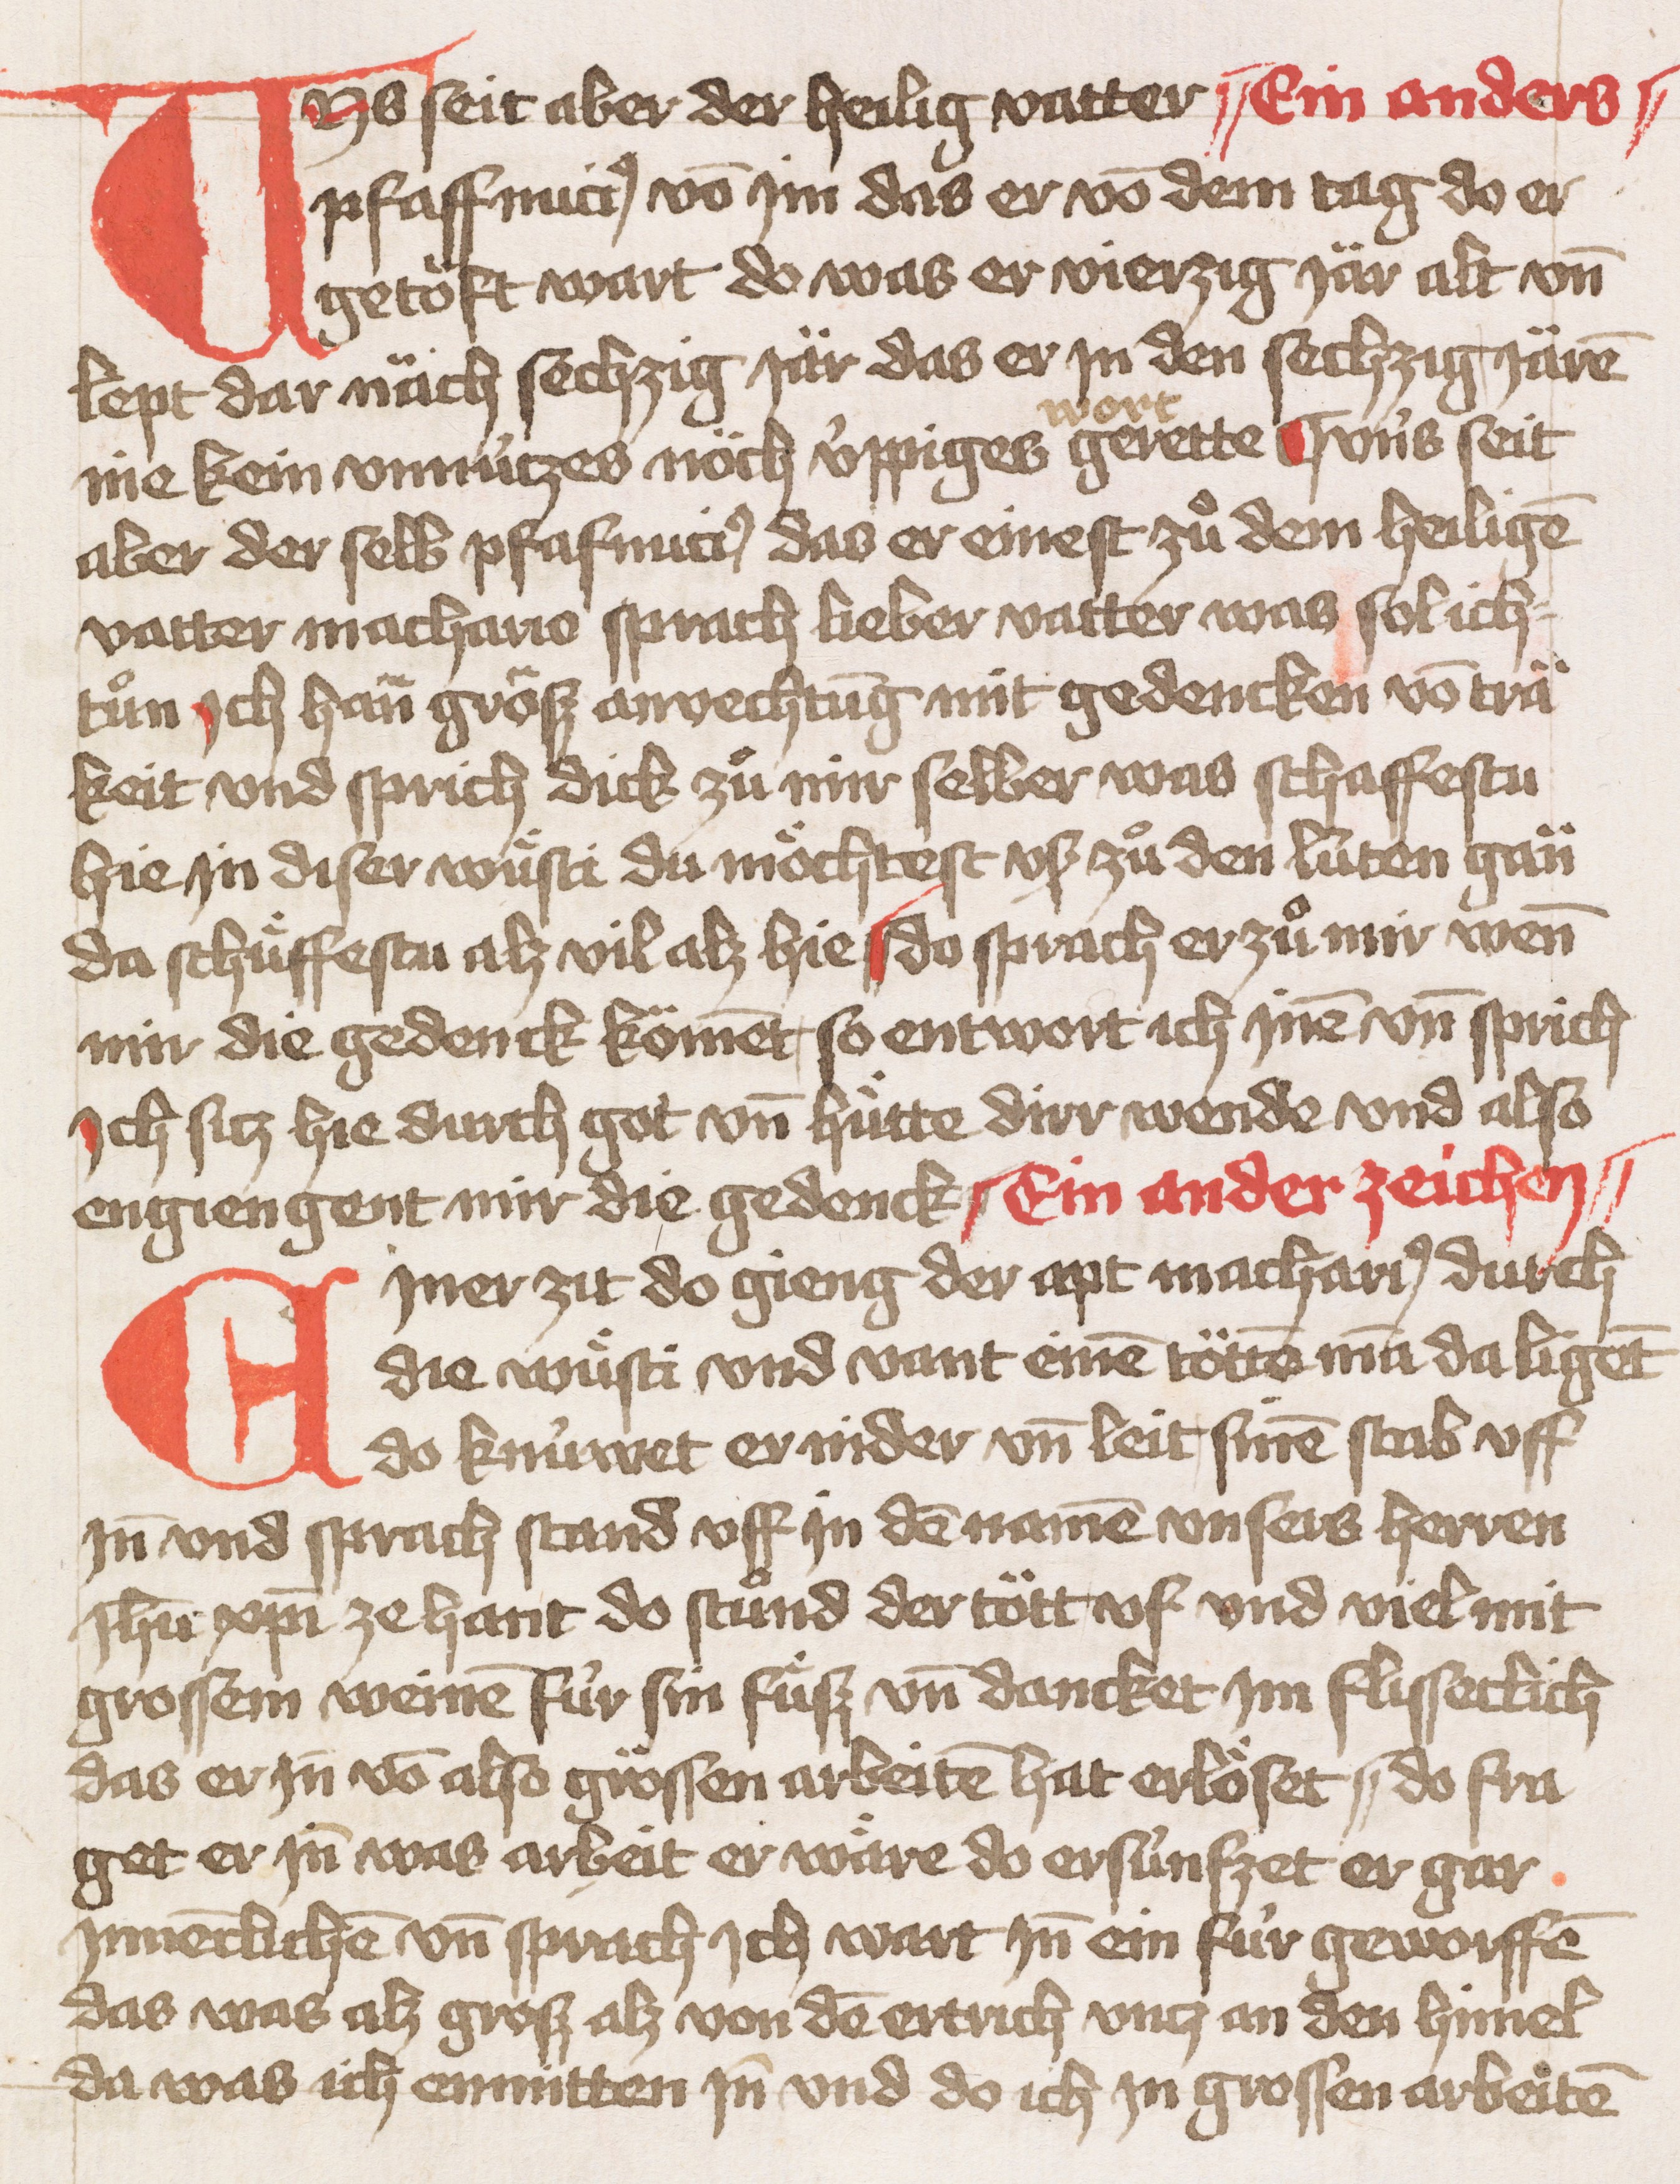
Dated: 1451–1451